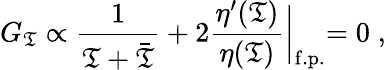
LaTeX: G_{\mathfrak{T}}\propto{\frac{{1}}{{\mathfrak{T}+\bar{{\mathfrak{T}}}}}}+2{\frac{{\eta^{\prime}(\mathfrak{T})}}{{\eta(\mathfrak{T})}}}\biggl\vert_{\mathrm{{f.p.}}}=0\; ,